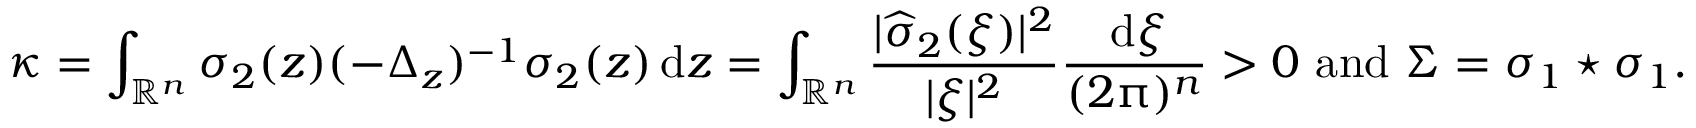
\kappa = \displaystyle \int _ { \mathbb R ^ { n } } \sigma _ { 2 } ( z ) ( - \Delta _ { z } ) ^ { - 1 } \sigma _ { 2 } ( z ) \, { \mathrm { d } } z = \displaystyle \int _ { \mathbb R ^ { n } } \displaystyle \frac { | \widehat \sigma _ { 2 } ( \xi ) | ^ { 2 } } { | \xi | ^ { 2 } } \displaystyle \frac { \, { \mathrm { d } } \xi } { ( 2 \uppi ) ^ { n } } > 0 \mathrm { ~ a n d ~ } \Sigma = \sigma _ { 1 } \star \sigma _ { 1 } .